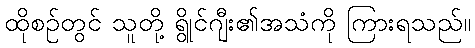
ထိုစဉ်တွင် သူတို့ ရွိုင်ဂျီး၏အသံကို ကြားရသည်။